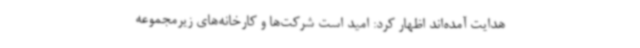
هدایت آمده‌اند اظهار کرد: امید است شرکت‌ها و کارخانه‌های زیرمجموعه